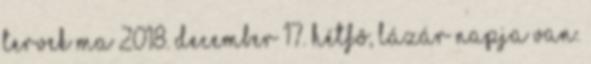
tervek Ma 2018. december 17. hétfõ, Lázár napja van.